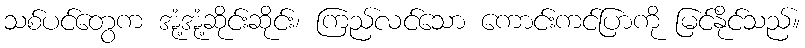
သစ်ပင်တွေက အုံ့အုံ့ဆိုင်းဆိုင်း၊ ကြည်လင်သော ကောင်းကင်ပြာကို မြင်နိုင်သည်။